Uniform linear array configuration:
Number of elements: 16
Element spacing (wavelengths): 0.75
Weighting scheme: binomial
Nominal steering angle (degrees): -45
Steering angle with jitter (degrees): -45.238
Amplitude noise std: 0.05
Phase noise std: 0.05

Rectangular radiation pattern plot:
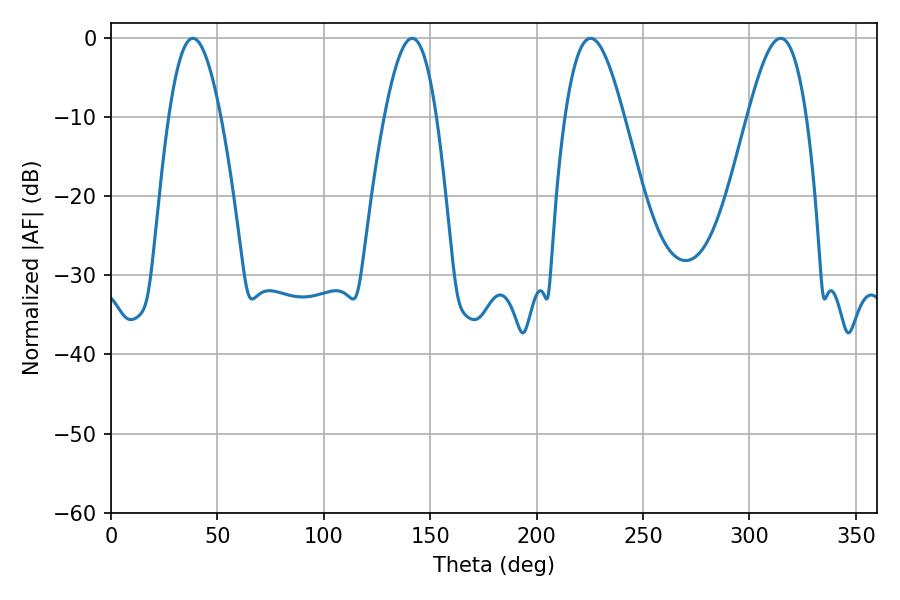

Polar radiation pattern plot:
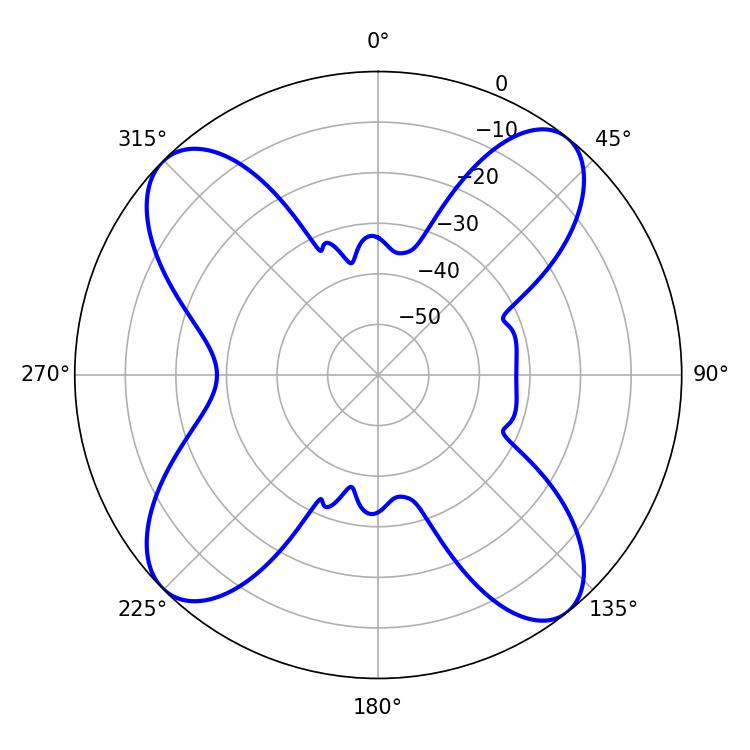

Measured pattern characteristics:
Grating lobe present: TRUE
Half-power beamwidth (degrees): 14.76
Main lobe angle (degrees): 225.36